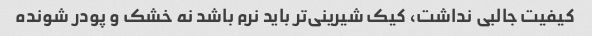
کیفیت جالبی نداشت، کیک شیرینی‌تر باید نرم باشد نه خشک و پودر شونده